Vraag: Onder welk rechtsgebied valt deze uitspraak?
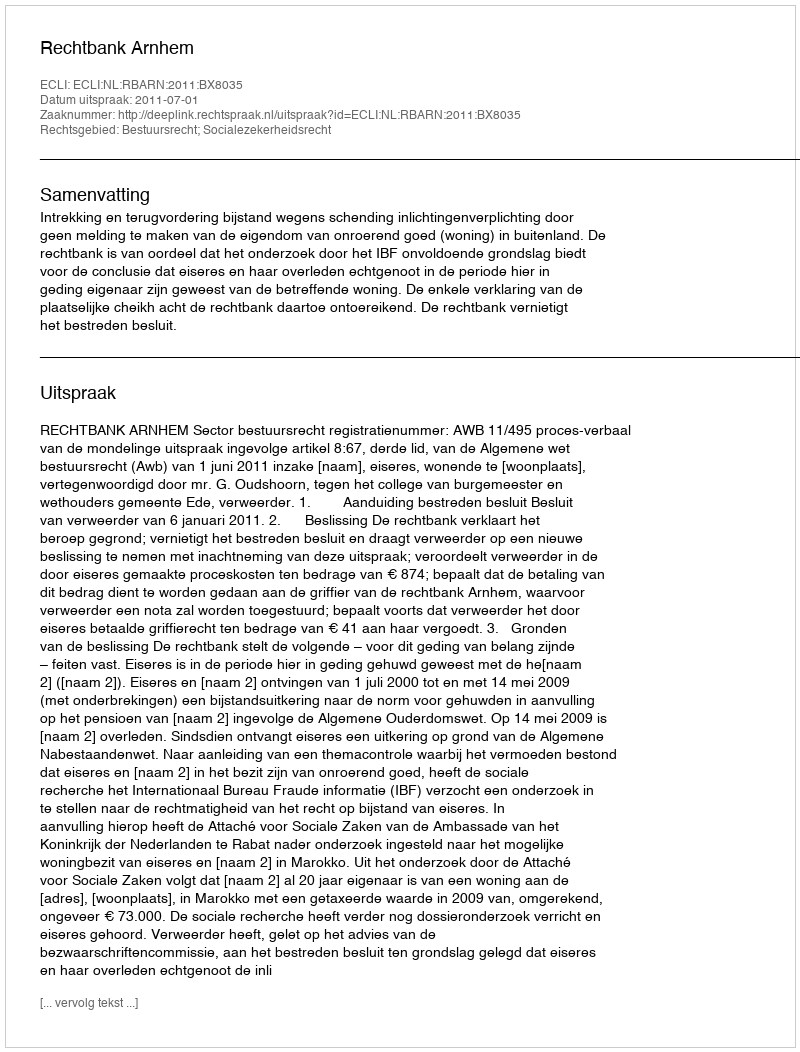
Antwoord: Bestuursrecht; Socialezekerheidsrecht